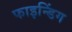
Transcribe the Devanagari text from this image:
फाइन्डिंग